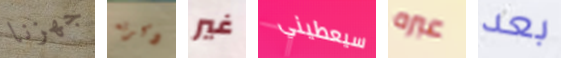
جهزنا ذكرته غير سيعطيني عبره بعد